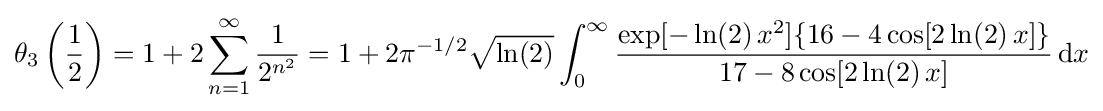
\theta _{3}\left({\frac {1}{2}}\right)=1+2\sum _{n=1}^{\infty }{\frac {1}{2^{n^{2}}}}=1+2\pi ^{-1/2}{\sqrt {\ln(2)}}\int _{0}^{\infty }{\frac {\exp[-\ln(2)\,x^{2}]\{16-4\cos[2\ln(2)\,x]\}}{17-8\cos[2\ln(2)\,x]}}\,\mathrm {d} x